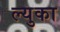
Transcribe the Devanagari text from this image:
ल्युका